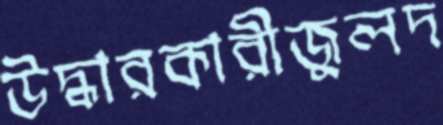
উদ্ধারকারীজুলদ